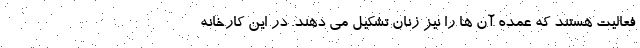
فعالیت هستند که عمده آن ها را نیز زنان تشکیل می دهند. در این کارخانه